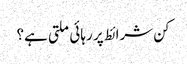
کن شرائط پر رہائی ملتی ہے؟